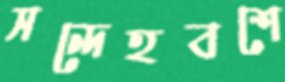
সন্দেহবশে